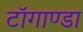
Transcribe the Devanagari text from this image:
टाॅगाण्डा